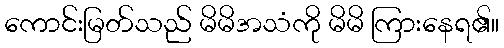
ကောင်းမြတ်သည် မိမိအသံကို မိမိ ကြားနေရ၏။